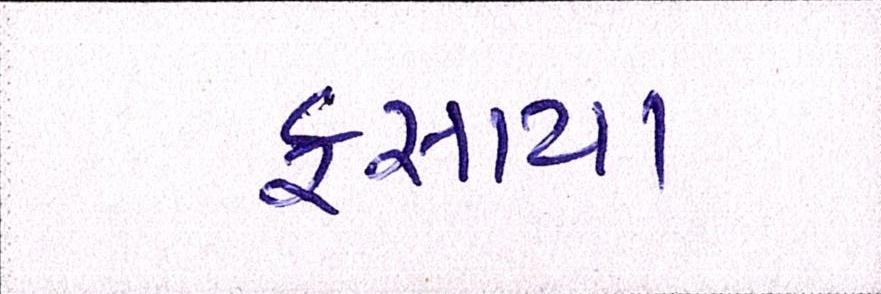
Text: ફસાયા